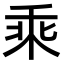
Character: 乘